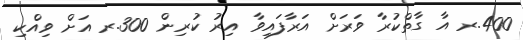
400.ރ އާ ގާތްކުރާ ވަރަށް އަރާފައިވާ އިރު ކުރިން 300.ރ އަށް ވިއްކި